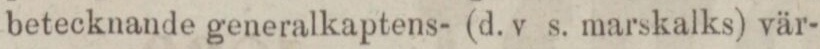
betecknande generalkaptens- (d. v s. marskalks) vär-